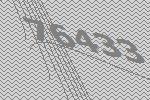
76433